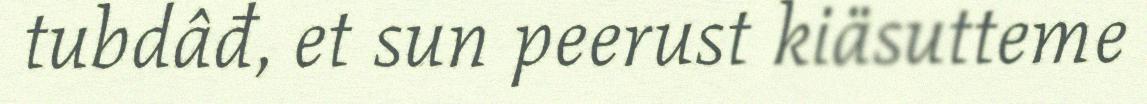
tubdâđ, et sun peerust kiäsutteme